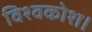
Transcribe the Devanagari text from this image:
विश्वकोश।